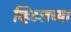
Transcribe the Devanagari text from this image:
व्हिटलच्या